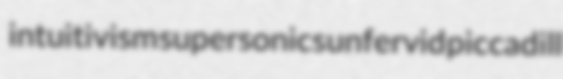
intuitivism supersonics unfervid piccadill